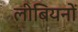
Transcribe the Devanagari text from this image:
लीबियनों